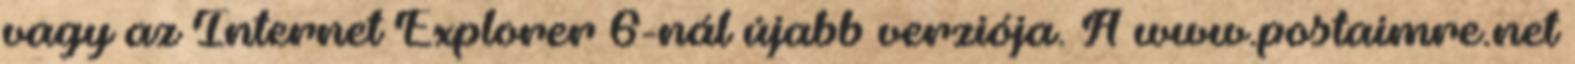
vagy az Internet Explorer 6-nál újabb verziója. A www.postaimre.net